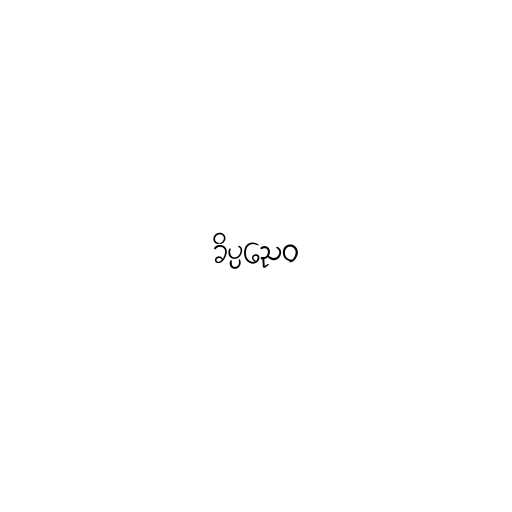
ခိပ္ပညေဝ